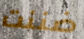
ضننت